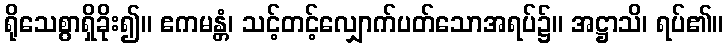
ရိုသေစွာရှိခိုး၍။ ဧကမန္တံ၊ သင့်တင့်လျှောက်ပတ်သောအရပ်၌။ အဋ္ဌာသိ၊ ရပ်၏။